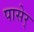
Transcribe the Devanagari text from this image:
पासेर्